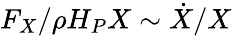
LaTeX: F_{X}/\rho H_{P}X\sim\dot{X}/X